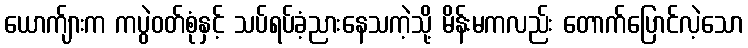
ယောက်ျားက ကပွဲဝတ်စုံနှင့် သပ်ရပ်ခံ့ညားနေသကဲ့သို့ မိန်းမကလည်း တောက်ပြောင်လဲ့သော